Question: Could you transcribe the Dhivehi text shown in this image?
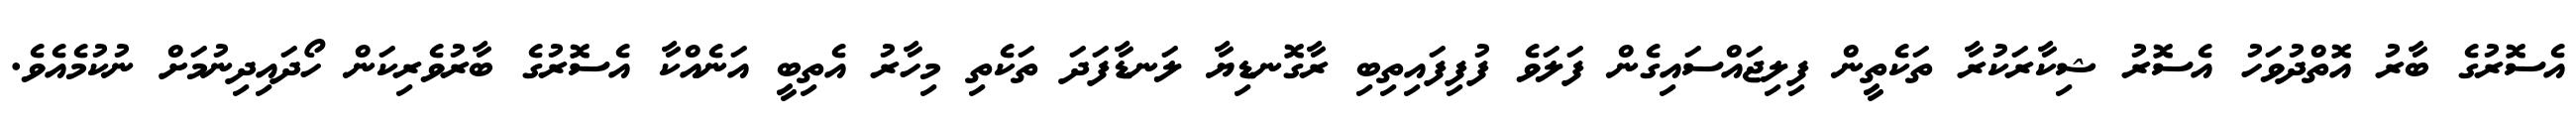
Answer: އެސޮރުގެ ބާރު އޮތްދުވަހު އެސޮރު ޝިކާރަކުރާ ތަކެތީން ފިލިޖައްސައިގެން ފަލަވެ ފުފިފައިތިބި ރާގޮނޑިޔާ ލަނޑާފަދަ ތަކެތި މިހާރު އެތިބީ އަނެއްކާ އެސޮރުގެ ބާރުވެރިކަން ހޯދައިދިނުމަށް ނުކުމެއެވެ.